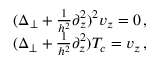
\begin{array} { r } { ( \Delta _ { \perp } + \frac { 1 } { h ^ { 2 } } \partial _ { z } ^ { 2 } ) ^ { 2 } v _ { z } = 0 \, , \ } \\ { ( \Delta _ { \perp } + \frac { 1 } { h ^ { 2 } } \partial _ { z } ^ { 2 } ) T _ { c } = v _ { z } \, , \ } \end{array}